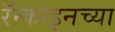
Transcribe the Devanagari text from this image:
रॅन्काइनच्या